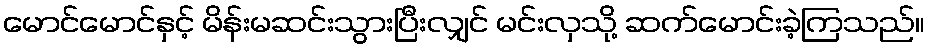
မောင်မောင်နှင့် မိန်းမဆင်းသွားပြီးလျှင် မင်းလှသို့ ဆက်မောင်းခဲ့ကြသည်။